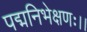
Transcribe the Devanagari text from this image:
पद्मनिभेक्षणः।।